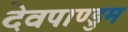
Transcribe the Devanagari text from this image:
देवपाण्डुम